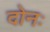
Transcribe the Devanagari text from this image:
दोनः